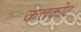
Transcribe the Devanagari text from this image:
कलकोट